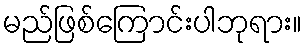
မည်ဖြစ်ကြောင်းပါဘုရား။